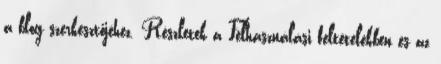
a blog szerkesztőjéhez. Részletek a Felhasználási feltételekben és az